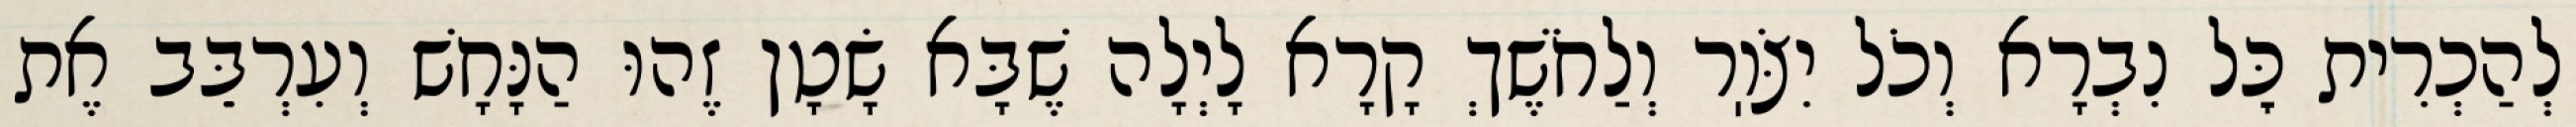
לְהַכְרִית כׇּל נִבְרָא וְכֹל יִצֹּוֽר וְלַחֹשֶׁךְ קָרָא לָיְלָה שֶׁבָּא שָׂטָן זֶהוּ הַנָּחָשׁ וְעִרְבֵּב אֶת